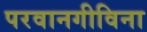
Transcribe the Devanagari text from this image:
परवानगीविना